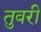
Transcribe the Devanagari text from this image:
तुवरी